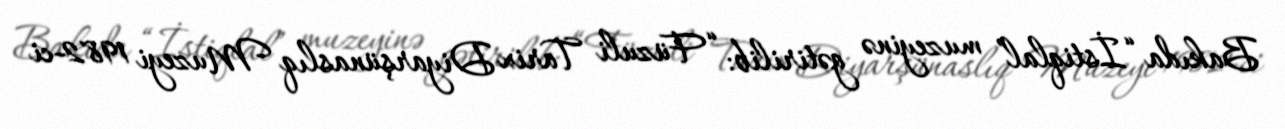
Bakıda “İstiqlal” muzeyinə gətirilib: “Füzuli Tarix Diyarşünaslıq Muzeyi 1982-ci